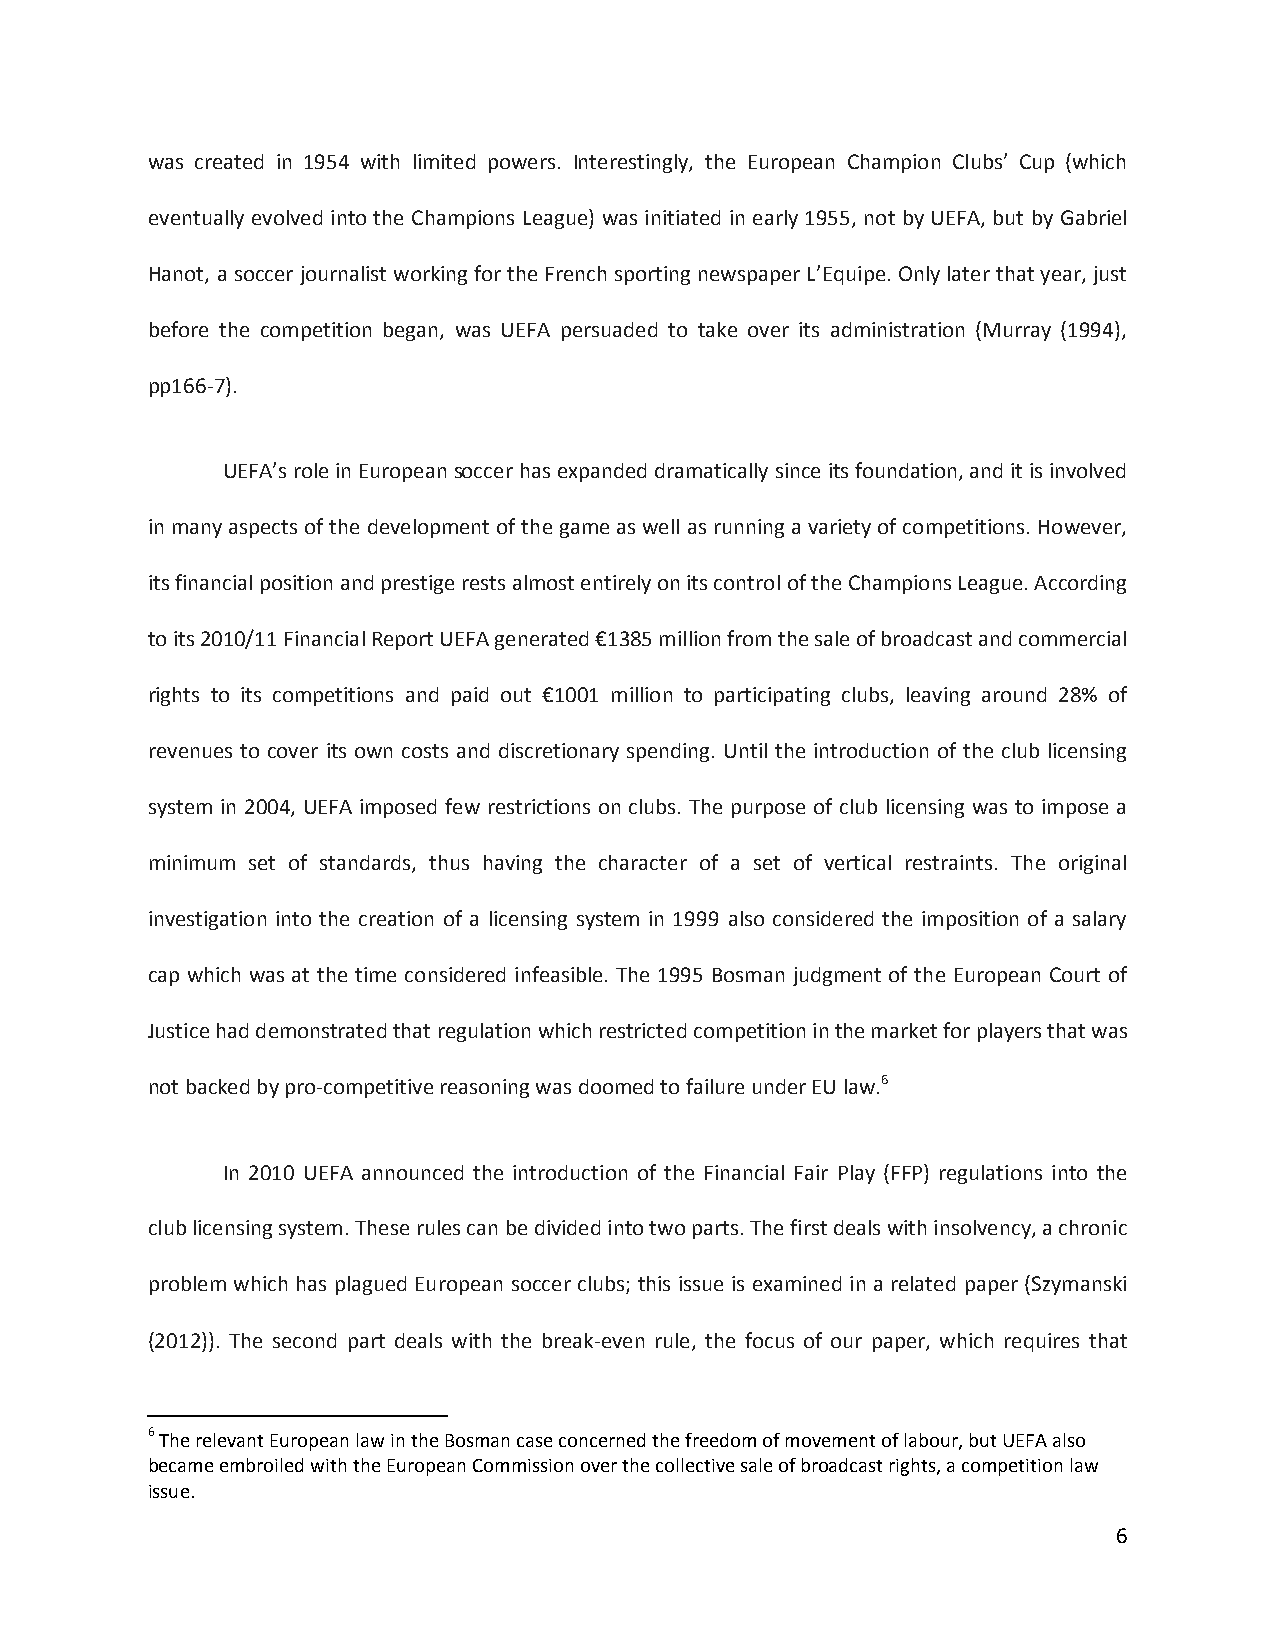
was created in 1954 with limited powers. Interestingly, the European Champion Clubs’ Cup (which
 eventually evolved into the Champions League) was initiated in early 1955, not by UEFA, but by Gabriel
 Hanot, a soccer journalist working for the French sporting newspaper L’Equipe. Only later that year, just
 before the competition began, was UEFA persuaded to take over its administration (Murray (1994),
 pp166-7).
 UEFA’s role in European soccer has expanded dramatically since its foundation, and it is involved
 in many aspects of the development of the game as well as running a variety of competitions. However,
 its financial position and prestige rests almost entirely on its control of the Champions League. According
 to its 2010/11 Financial Report UEFA generated €1385 million from the sale of broadcast and commercial
 rights to its competitions and paid out €1001 million to participating clubs, leaving around 28% of
 revenues to cover its own costs and discretionary spending. Until the introduction of the club licensing
 system in 2004, UEFA imposed few restrictions on clubs. The purpose of club licensing was to impose a
 minimum set of standards, thus having the character of a set of vertical restraints. The original
 investigation into the creation of a licensing system in 1999 also considered the imposition of a salary
 cap which was at the time considered infeasible. The 1995 Bosman judgment of the European Court of
 Justice had demonstrated that regulation which restricted competition in the market for players that was
 not backed by pro-competitive reasoning was doomed to failure under EU law.6
 In 2010 UEFA announced the introduction of the Financial Fair Play (FFP) regulations into the
 club licensing system. These rules can be divided into two parts. The first deals with insolvency, a chronic
 problem which has plagued European soccer clubs; this issue is examined in a related paper (Szymanski
 (2012)). The second part deals with the break-even rule, the focus of our paper, which requires that
 6 The relevant European law in the Bosman case concerned the freedom of movement of labour, but UEFA also
 became embroiled with the European Commission over the collective sale of broadcast rights, a competition law
 issue.
 6